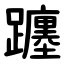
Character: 躔